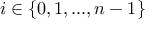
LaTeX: i \in \{ 0 , 1 , . . . , n - 1 \}